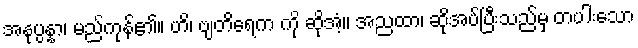
အနုပ္ပန္နာ၊ မည်ကုန်၏။ ဟိ၊ ဗျတိရေက ကို ဆိုအံ့။ အညထာ၊ ဆိုအပ်ပြီးသည်မှ တပါးသော